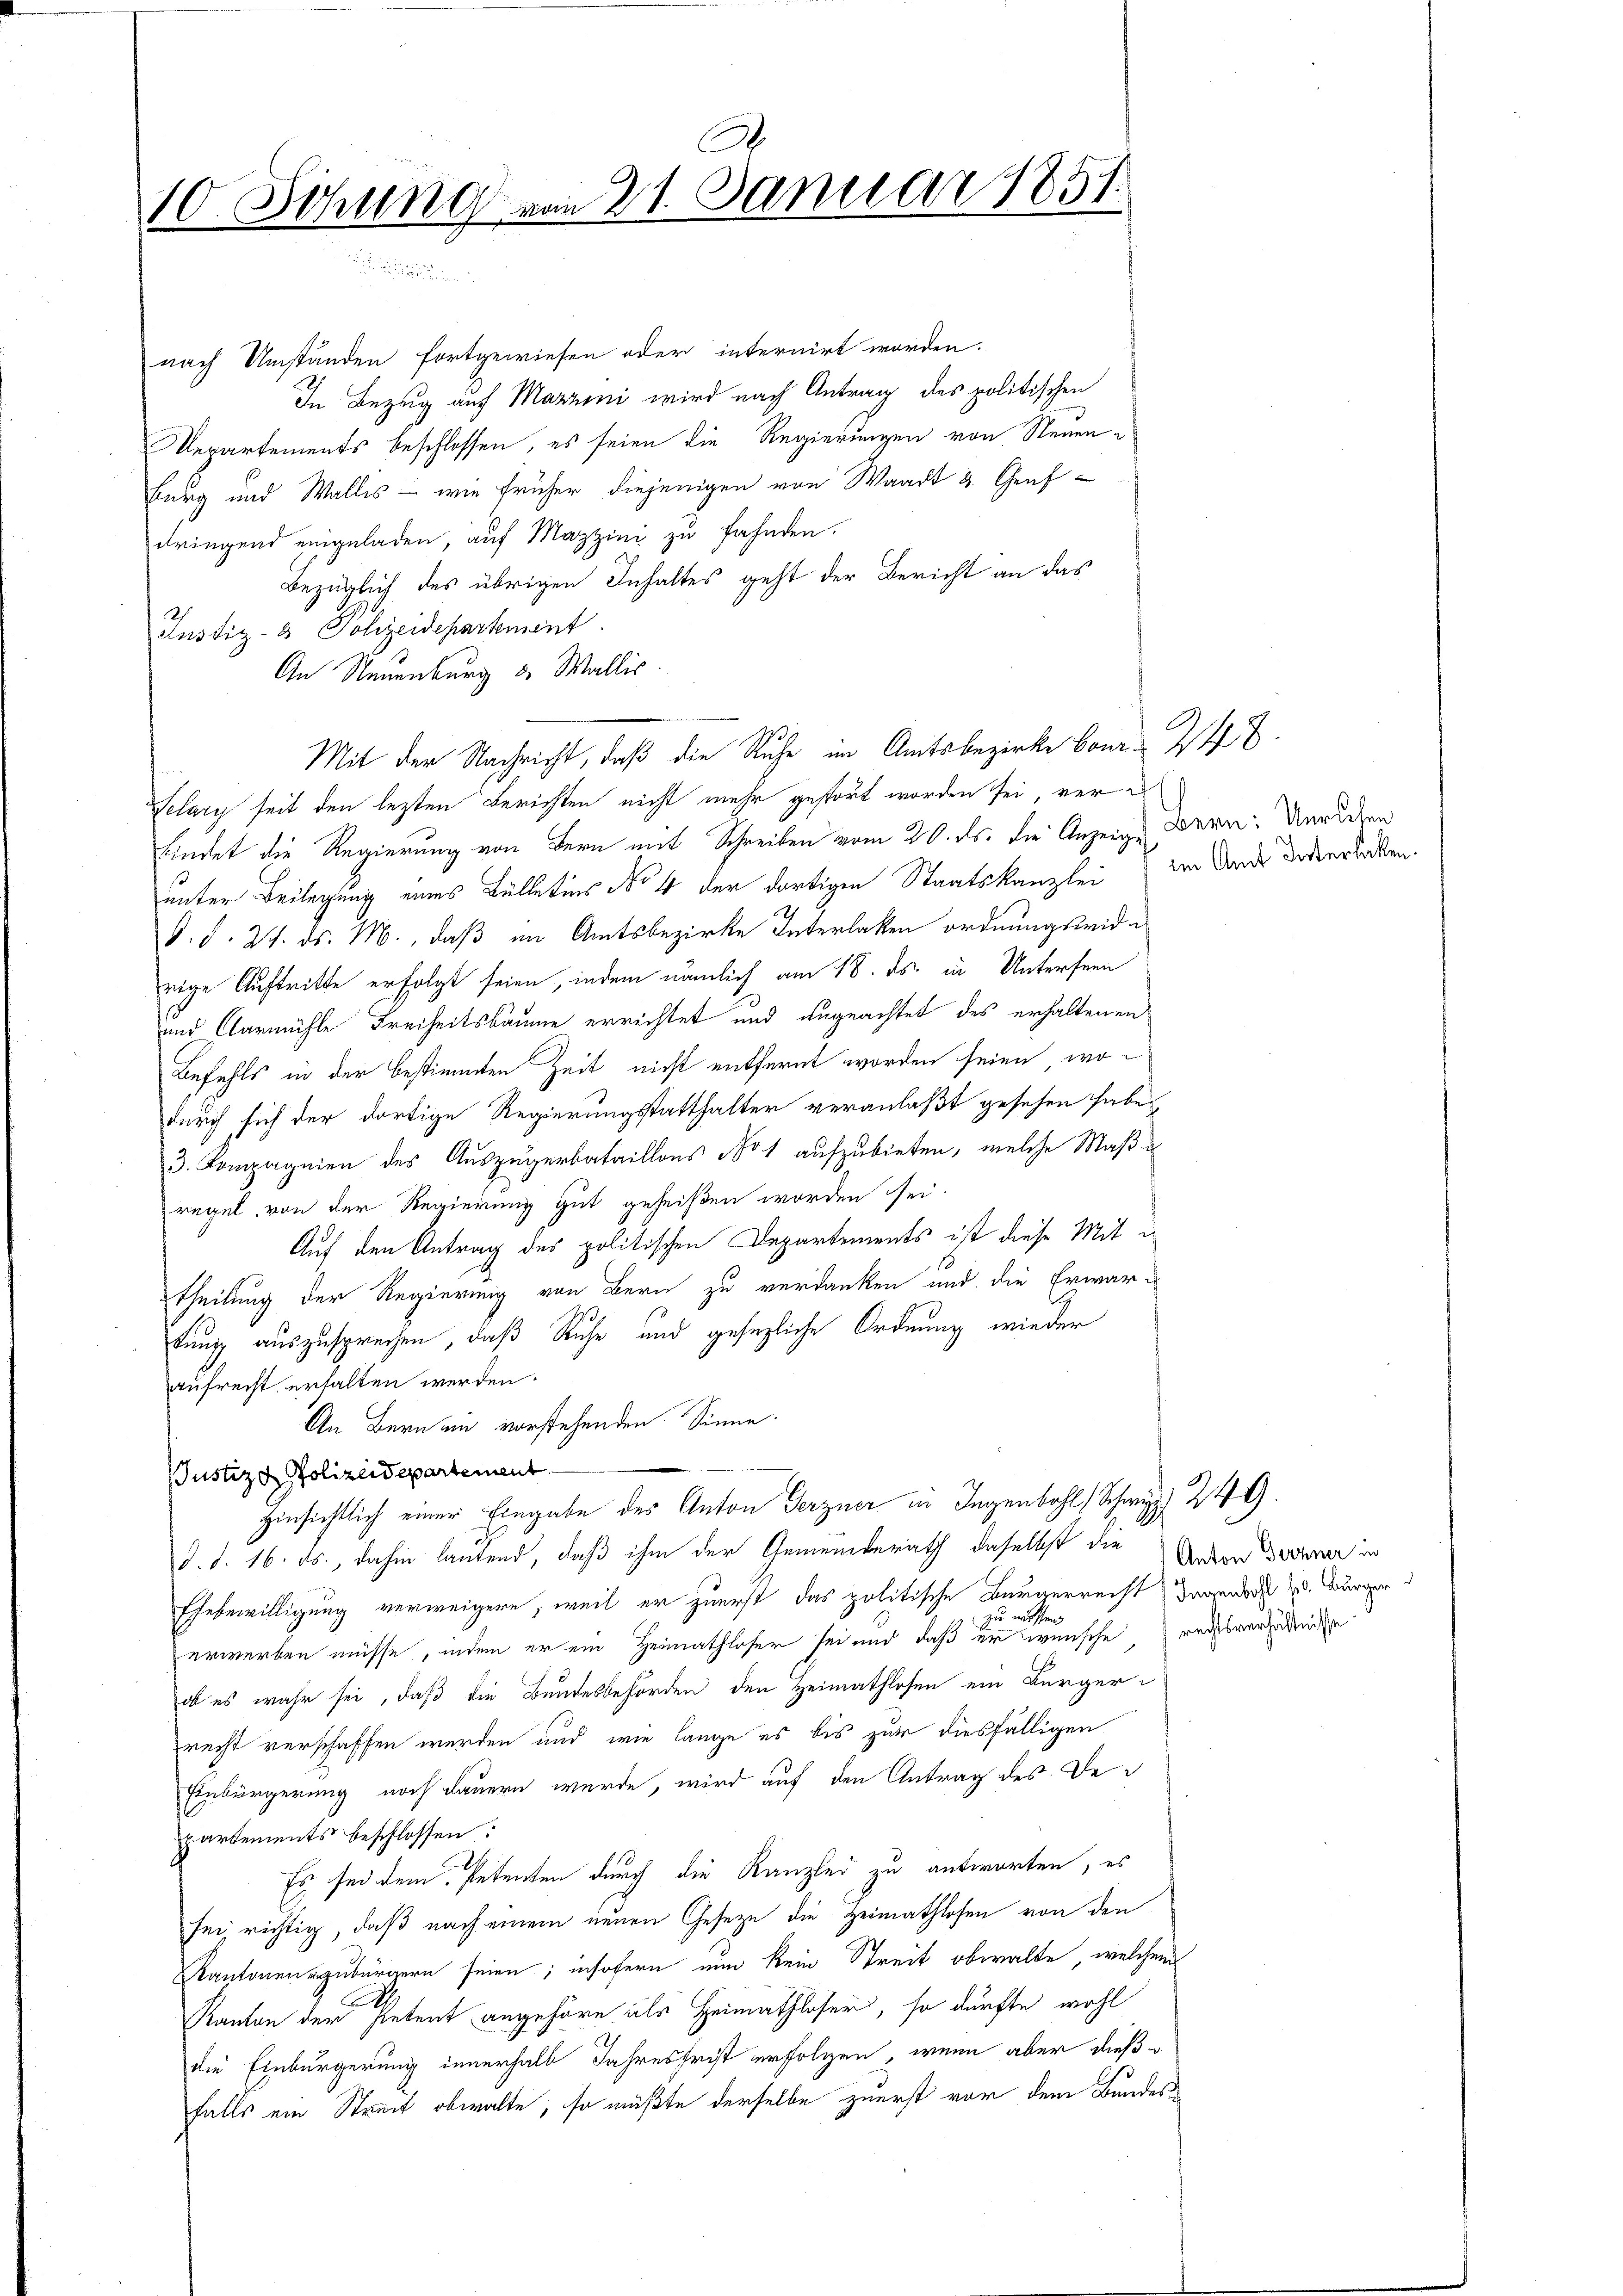
A.
Sihung vom 21. Januar 1851.
10

nach Umständen fortgewiesen oder internirt worden.
In Bezug auf Martini wird nach Antrag des politischen
Departements beschlossen, es seien die Regierungen von Neuen
Burg und Wallis - wie früher diejenigen von Waadt 3. Genf
dringend eingeladen, auf Mazzini zu fahnden.
Bezüglich des übrigen Inhaltes geht der Bericht an das
Justiz- & Polizeidepartement
An Neuenburg 3 Wallis
Selary seit den lezten Berichten nicht mehr gestört worden sei, verfindet die Regierung von Bern mit Schreiben vom 20. ds. die Anzeige Bern: Unreden
unter Beilegung eines Bülletins No 4 der dortigen Staatskanzlei im Amts Deserhaben.
O. d. 24. ds. M., daß im Amtsbezirke Interlaken ordnungswid u.
rige Auftritte erfolgt seien, indem nämlich am 18. ds. in Unterseen
und Carmühle Freiheitsbäume errichtet und ungeachtet des erhaltenen
Befehls in der bestimmten Zeit nicht entfernt worden seien, wodurch sich der dortige Regierungsstatthalter veranlaßt gesehen habe
3. Kompagnien des Auszugerbataillons No 1 aufzubieten, welche Maß i
regel von der Regierung gut geheißen worden sei.
Auf den Antrag des politischen Departements ist diese Mittheilung der Regierung von Bern zu verdanken und die Erwarkung auszusprechen, daß Ruhe und gesezliche Ordnung wieder
aufrecht erhalten werden.
An Bern ein vorstehenden Sinne.
Justizd Polizeidepartement
Hinsichtlich einer Eingabe des Anton Gerzner in Jugenbohl, Schwyz 249.
d. d. 16. ds., dahin lautend, daß ihm der Gemeinderath daselbst die Andern Brenner in
Ehebewilligung verweigern, weil er zuerst das politische Bürgerrecht Grandere d. Bürger
zu wissen
erwerben müsse, indem er ein Heimathloser sei und daß er wünsche rechtsverzeuge
ob es wahr sei, daß die Bundesbehörden den Heimathlosen ein Bürgerrecht verschaffen werden und wie lange es bis zur diesfälligen
Einbürgerung noch dauern wurde, wird auf den Antrag des Departements beschlossen:
Es sei dem Petenten durch die Kanzlei zu antworten, es
sei, richtig, daß nach einem neuen Geseze die Heimathlosen von den
Kantonen zubürgern seien; insofern nun kein Streit obwalte, welchem
Kanton der Petent angehöre als Heimathloser, so dürfte wohl
die Einbürgerung innerhalb Jahresfrist erfolgen, wenn aber dießfalls ein Streit obwalte, so müßte derselbe zuerst vor dem Bundes¬

Mit der Nachricht, daß die Ruhe im Amtsbezirke Conr 248.